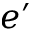
e ^ { \prime }